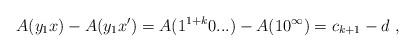
LaTeX: \begin{align*}A(y_1x) - A(y_1x') = A(1^{1+k} 0...) - A(10^\infty) = c_{k+1} - d \ ,\end{align*}